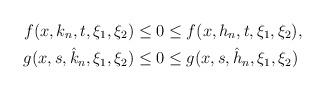
LaTeX: \begin{align*}f(x,k_n,t,\xi_1,\xi_2) &\leq 0 \leq f(x,h_n,t,\xi_1,\xi_2),\\g(x,s,\hat{k}_n,\xi_1,\xi_2) &\leq 0 \leq g(x,s,\hat{h}_n,\xi_1,\xi_2)\end{align*}